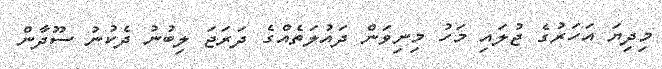
މިދިޔަ އަހަރުގެ ޖުލައި މަހު މިނިވަން ދައުލަތެއްގެ ދަރަޖަ ލިބުނު ދެކުނު ސޫދާން